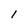
Character: 1